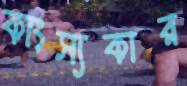
কাংস্যকার